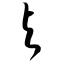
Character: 与